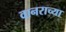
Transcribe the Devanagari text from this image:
वानराच्या